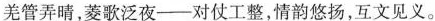
羌管弄晴，菱歌泛夜——对仗工整，情韵悠扬，互文见义。